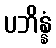
ပဘိန္နံ